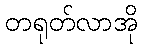
တရုတ်လာအို